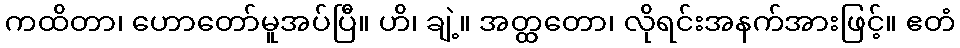
ကထိတာ၊ ဟောတော်မူအပ်ပြီ။ ဟိ၊ ချဲ့။ အတ္ထတော၊ လိုရင်းအနက်အားဖြင့်။ ဧတံ